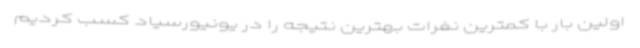
اولین بار با کمترین نفرات بهترین نتیجه را در یونیورسیاد کسب کردیم